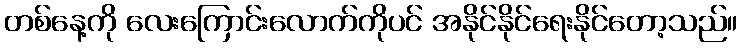
တစ်နေ့ကို လေးကြောင်းလောက်ကိုပင် အနိုင်နိုင်ရေးနိုင်တော့သည်။